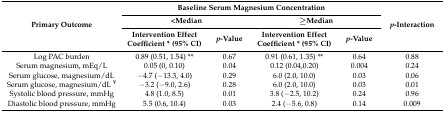
<table><thead><tr><td rowspan="3"><b>Primary Outcome</b></td><td colspan="4"><b>Baseline Serum Magnesium Concentration</b></td><td rowspan="3"><b><i>p</i>-Interaction</b></td></tr><tr><td colspan="2"><b>&lt;Median</b></td><td colspan="2"><b>≥Median</b></td></tr><tr><td><b>Intervention Effect Coefficient * (95% CI)</b></td><td><b><i>p</i>-Value</b></td><td><b>Intervention Effect Coefficient * (95% CI)</b></td><td><b><i>p</i>-Value</b></td></tr></thead><tbody><tr><td>Log PAC burden</td><td>0.89 (0.51, 1.54) **</td><td>0.67</td><td>0.91 (0.61, 1.35) **</td><td>0.64</td><td>0.88</td></tr><tr><td>Serum magnesium, mEq/L</td><td>0.05 (0, 0.10)</td><td>0.04</td><td>0.12 (0.04,0.20)</td><td>0.004</td><td>0.24</td></tr><tr><td>Serum glucose, magnesium/dL</td><td>−4.7 (−13.3, 4.0)</td><td>0.29</td><td>6.0 (2.0, 10.0)</td><td>0.03</td><td>0.06</td></tr><tr><td>Serum glucose, magnesium/dL <sup>¥</sup></td><td>−3.2 (−9.0, 2.6)</td><td>0.28</td><td>6.0 (2.0, 10.0)</td><td>0.03</td><td>0.01</td></tr><tr><td>Systolic blood pressure, mmHg</td><td>4.8 (1.0, 8.5)</td><td>0.01</td><td>3.8 (−2.5, 10.2)</td><td>0.24</td><td>0.96</td></tr><tr><td>Diastolic blood pressure, mmHg</td><td>5.5 (0.6, 10.4)</td><td>0.03</td><td>2.4 (−5.6, 0.8)</td><td>0.14</td><td>0.009</td></tr></tbody></table>